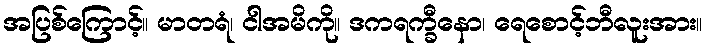
အပြစ်ကြောင့်။ မာတရံ၊ ငါအမိကို။ ဒကရက္ခီနော၊ ရေစောင့်ဘီလူးအား။